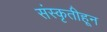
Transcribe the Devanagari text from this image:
संस्‍कृतीहून